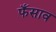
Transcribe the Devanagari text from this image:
फँसाव